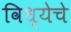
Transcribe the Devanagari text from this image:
विध्येचे